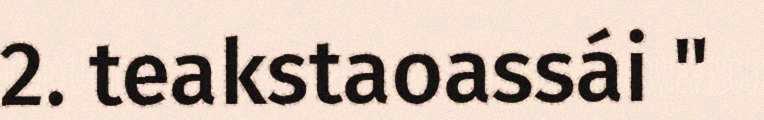
2. teakstaoassái "